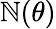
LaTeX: \mathbb{N}(\theta)